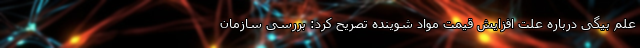
علم بیگی درباره علت افزایش قیمت مواد شوینده تصریح کرد:‌ بررسی سازمان